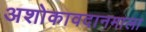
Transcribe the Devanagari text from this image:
अशोकावदानमाला